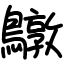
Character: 鷻